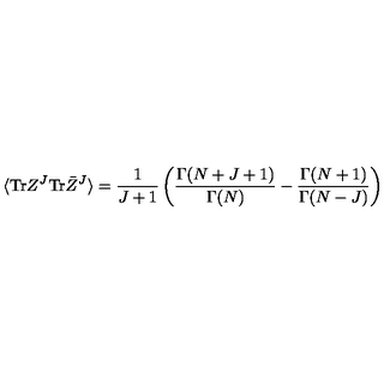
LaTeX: \langle \mathrm { T r } Z ^ { J } \mathrm { T r } \bar { Z } ^ { J } \rangle = \frac { 1 } { J + 1 } \left( \frac { \Gamma ( N + J + 1 ) } { \Gamma ( N ) } - \frac { \Gamma ( N + 1 ) } { \Gamma ( N - J ) } \right)